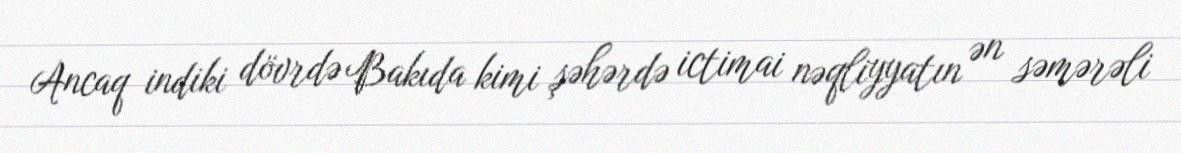
Ancaq indiki dövrdə Bakıda kimi şəhərdə ictimai nəqliyyatın ən səmərəli